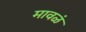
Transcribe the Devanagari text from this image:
मावळं